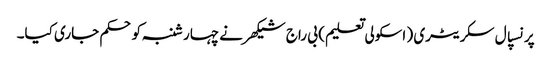
پرنسپال سکریٹری ( اسکولی تعلیم ) بی راج شیکھر نے چہارشنبہ کوحکم جاری کیا۔